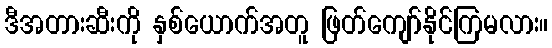
ဒီအတားဆီးကို နှစ်ယောက်အတူ ဖြတ်ကျော်နိုင်ကြမလား။